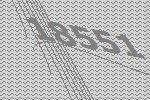
18551